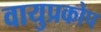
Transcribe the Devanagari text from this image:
वायुप्रकोप